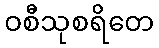
ဝစီသုစရိတေ